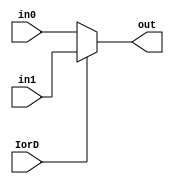
`timescale 1ns / 1ps

module IorD_multiplexer # ( parameter WL = 32 )
(
    input IorD,
    input [WL - 1 : 0] in0,
    input [WL - 1 : 0] in1,
    output reg [WL - 1 : 0] out
);
    
    always @ (*)
    begin
        if(IorD == 0) out <= in0;
        else out <= in1;
    end
    
endmodule